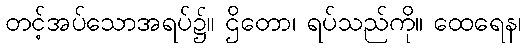
တင့်အပ်သောအရပ်၌။ ဌိတော၊ ရပ်သည်ကို။ ထေရေန၊